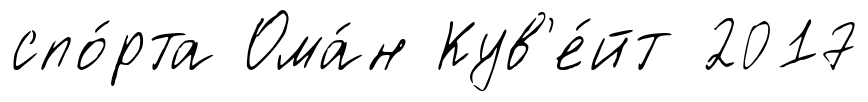
спо́рта Ома́н Кув'е́йт 2017